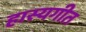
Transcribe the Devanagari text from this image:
हास्यगीत